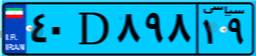
۶۹D۰۱۴۶۹